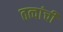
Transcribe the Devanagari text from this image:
तत्वांची